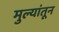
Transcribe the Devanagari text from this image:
मुल्यांतून